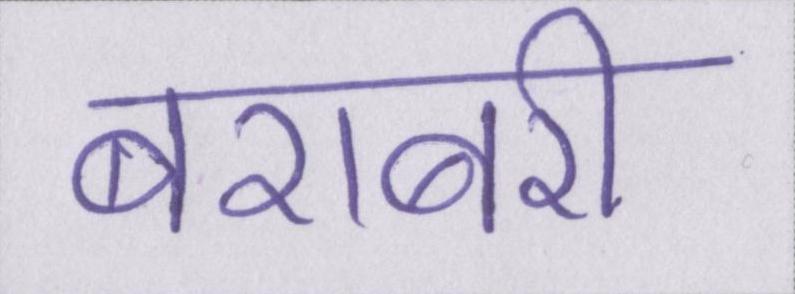
बराबरी